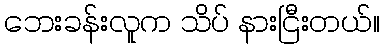
ဘေးခန်းလူက သိပ် နားငြီးတယ်။